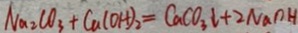
N a _ { 2 } C O _ { 3 } + C a ( O H ) _ { 2 } = C a C O _ { 3 } \downarrow + 2 N a o H